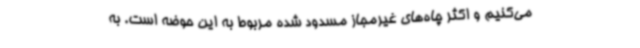
می‌کنیم و اکثر چاه‌های غیرمجاز مسدود شده مربوط به این حوضه است. به